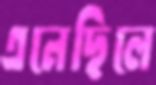
এনেছিলে